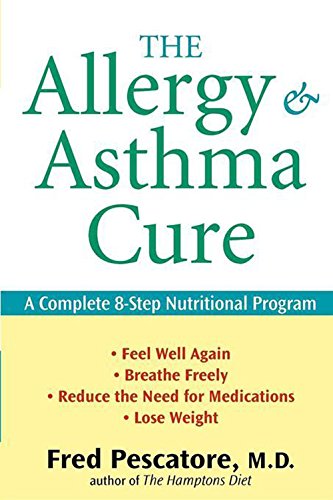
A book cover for The Allergy and Asthma Cure: A Complete 8-Step Nutritional Program; Fred Pescatore; Health, Fitness & Dieting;